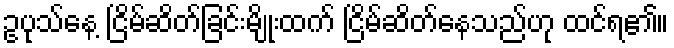
ဥပုသ်နေ့ ငြိမ်ဆိတ်ခြင်းမျိုးထက် ငြိမ်ဆိတ်နေသည်ဟု ထင်ရ၏။